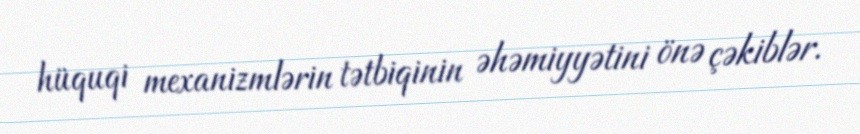
hüquqi mexanizmlərin tətbiqinin əhəmiyyətini önə çəkiblər.